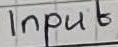
Text: Input